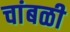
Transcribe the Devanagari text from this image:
चांबळी